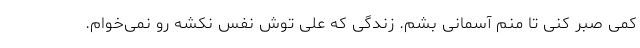
کمی صبر کنی تا منم آسمانی بشم. زندگی که علی توش نفس نکشه رو نمی‌خوام.